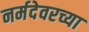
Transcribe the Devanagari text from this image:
नर्मदेवरच्या